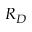
R _ { D }